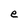
Character: e